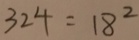
3 2 4 = 1 8 ^ { 2 }